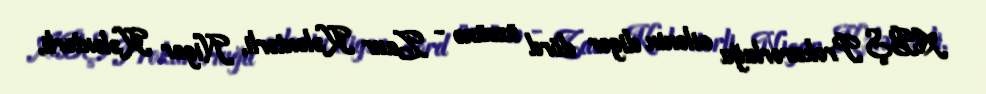
ABŞ Prokurorluğu ailənin digər dörd üzvünə - Zaur Kələntərli, Nigar Kələntərli,